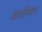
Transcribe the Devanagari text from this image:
ऑसोनियास